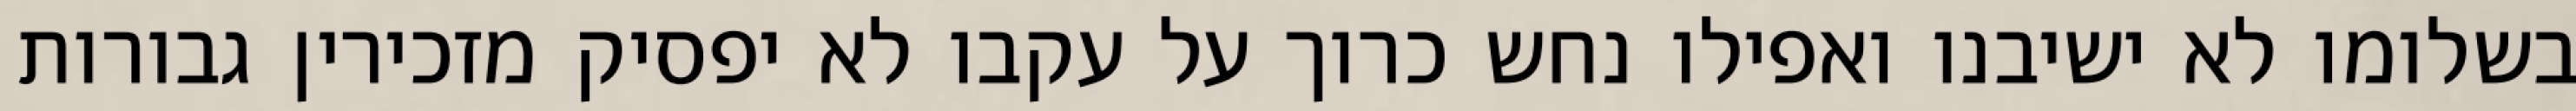
בשלומו לא ישיבנו ואפילו נחש כרוך על עקבו לא יפסיק מזכירין גבורות